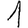
Digit: 1